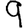
Digit: 9